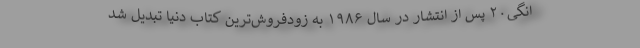
انگی۲۰ پس از انتشار در سال ۱۹۸۶ به زود‌فروش‌ترین کتاب دنیا تبدیل شد